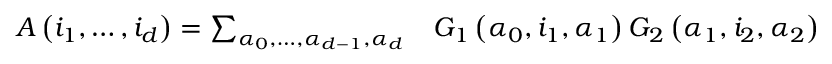
\begin{array} { r l } { A \left( i _ { 1 } , \ldots , i _ { d } \right) = \sum _ { \alpha _ { 0 } , \ldots , \alpha _ { d - 1 } , \alpha _ { d } } } & { { } G _ { 1 } \left( \alpha _ { 0 } , i _ { 1 } , \alpha _ { 1 } \right) G _ { 2 } \left( \alpha _ { 1 } , i _ { 2 } , \alpha _ { 2 } \right) } \end{array}